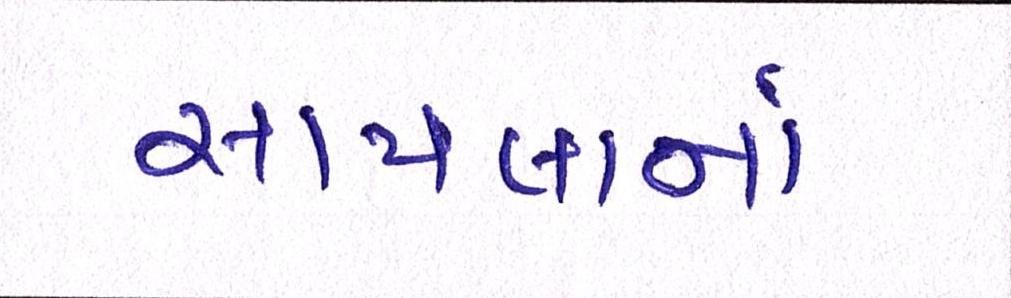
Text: સાયલાનાં